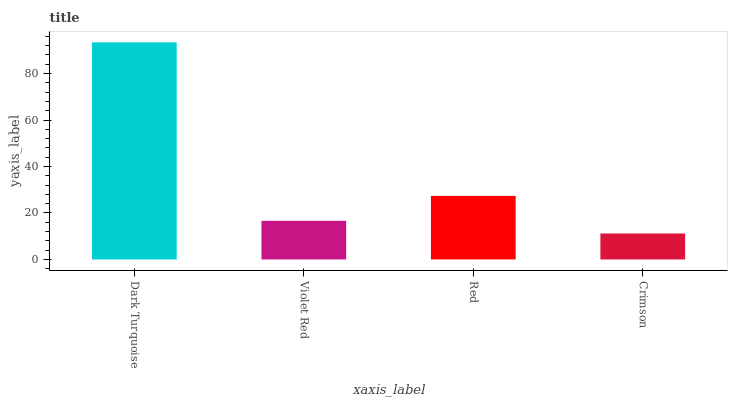
| xaxis_label | bars |
 | --- | --- |
 | Dark Turquoise | 93.4 |
 | Violet Red | 16.6 |
 | Red | 27.4 |
 | Crimson | 11.2 |